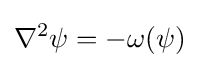
\nabla ^{2}\psi =-\omega (\psi )